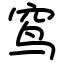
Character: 窎